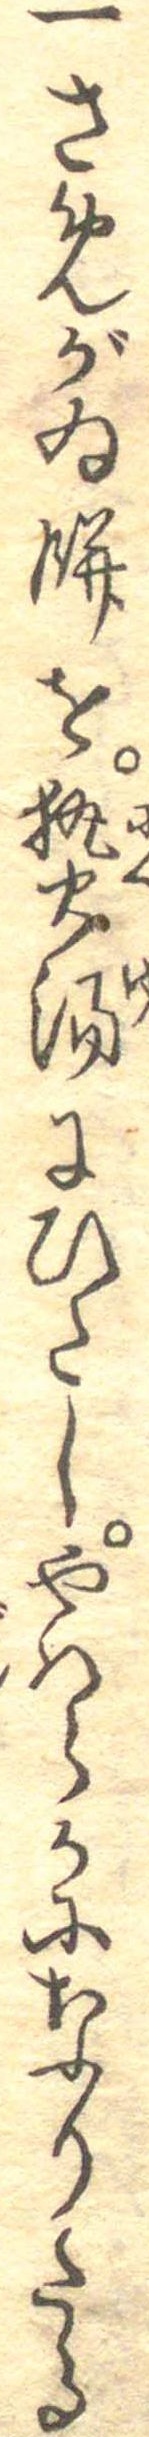
一さめがゐ餅を熱湯にひたしやはらかになりたる